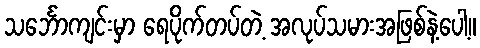
သင်္ဘောကျင်းမှာ ရေပိုက်တပ်တဲ့ အလုပ်သမားအဖြစ်နဲ့ပေါ့။